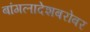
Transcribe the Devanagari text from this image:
बांगलादेशबरोबर